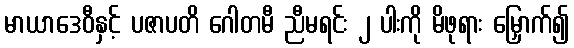
မာယာဒေဝီနှင့် ပဇာပတိ ဂေါတမီ ညီမရင်း ၂ ပါးကို မိဖုရား မြှောက်၍